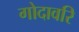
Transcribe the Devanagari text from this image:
गोदावरि